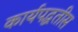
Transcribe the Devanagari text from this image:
कार्यपद्धतीस